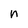
Character: n